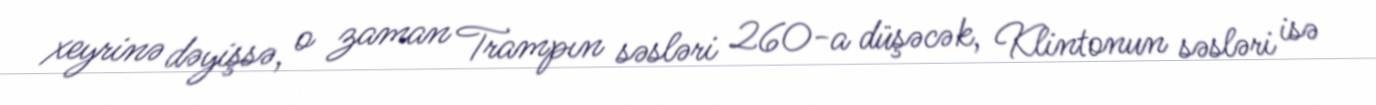
xeyrinə dəyişsə, o zaman Trampın səsləri 260-a düşəcək, Klintonun səsləri isə